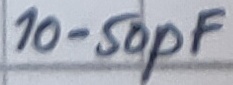
Text: 10-50pF